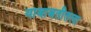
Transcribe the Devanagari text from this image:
याबाबतीतला